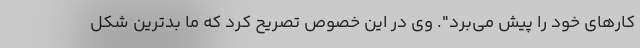
کارهای خود را پیش می‌برد". وی در این خصوص تصریح کرد که ما بدترین شکل